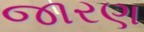
જારણ